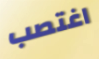
اغتصب